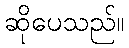
ဆိုပေသည်။